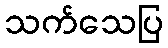
သက်သေပြ